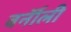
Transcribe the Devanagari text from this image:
बर्नॉली